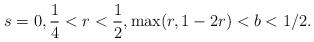
LaTeX: \begin{align*} s=0, \frac14 < r < \frac12, \max(r,1-2r) < b < 1/2.\end{align*}